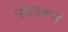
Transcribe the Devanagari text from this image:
भोरवरून